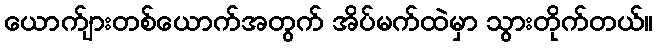
ယောက်ျားတစ်ယောက်အတွက် အိပ်မက်ထဲမှာ သွားတိုက်တယ်။